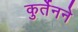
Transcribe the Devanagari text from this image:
कुर्तेनने